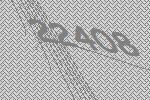
22408